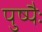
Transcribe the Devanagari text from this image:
पुष्पैः